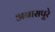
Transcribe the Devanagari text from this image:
अनासपूरे